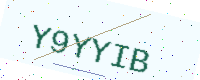
Text: Y9YYIB